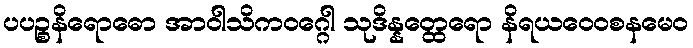
ပပဉ္စနိရောဓော အာဝါသိကဝဂ္ဂေါ သုဒိန္နတ္ထေရော နိရယဝေဝစနမေဝ